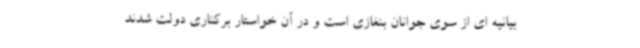
بیانیه ای از سوی جوانان بنغازی است و در آن خواستار برکناری دولت شدند